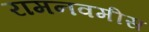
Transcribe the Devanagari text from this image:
रामनवमीस